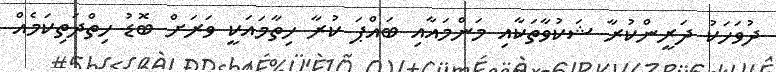
ދުވަހަކު ދަރީންކުރާ ޝަކުވާތަކާއި މަންމައާއި ބައްޕަ ކުރާ ހިތާމައަކީ ވަރަށް ބޮޑު ހިތްދަތިކަމެއް